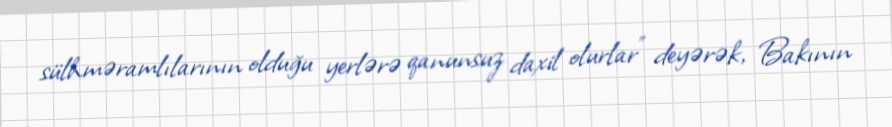
sülhməramlılarının olduğu yerlərə qanunsuz daxil olurlar” deyərək, Bakının